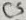
Text: C5